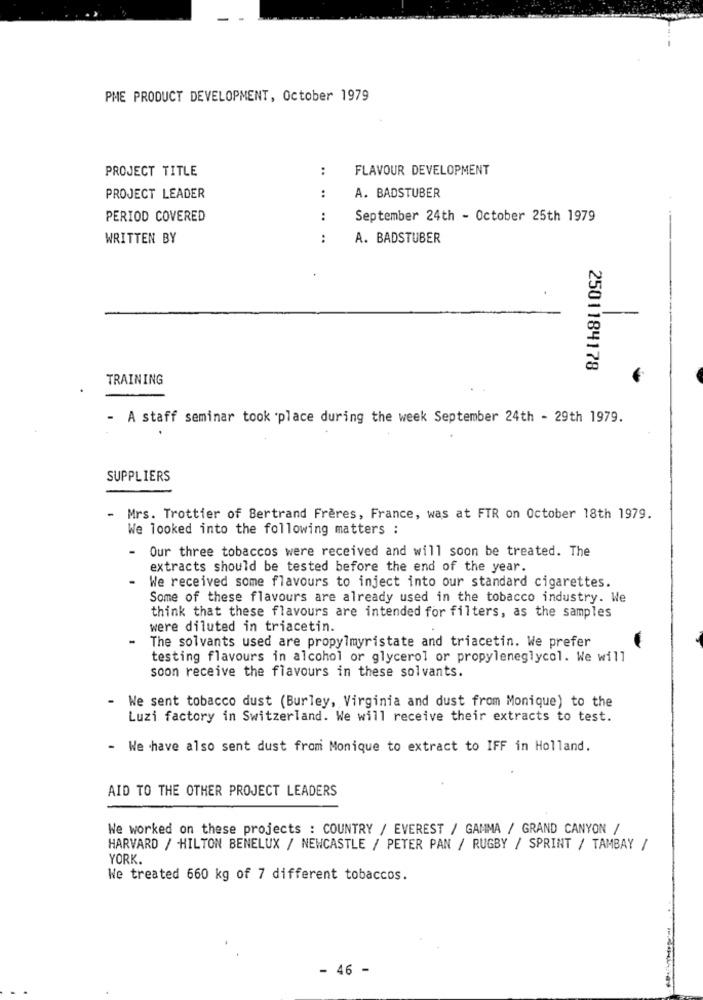
PME PRODUCT DEVELOPMENT, October 1979
PROJECT TITLE
:
FLAVOUR DEVELOPMENT
PROJECT LEADER
:
A. BADSTUBER
PERIOD COVERED
:
September 24th - October 25th 1979
WRITTEN BY
:
A. BADSTUBER
2501184178
TRAINING
- A staff seminar took place during the week September 24th - 29th 1979.
SUPPLIERS
-
Mrs. Trottier of Bertrand Freres, France, was at FTR on October 18th 1979.
We looked into the following matters :
-
Our three tobaccos were received and will soon be treated. The
extracts should be tested before the end of the year.
We received some flavours to inject into our standard cigarettes.
Some of these flavours are already used in the tobacco industry. We
think that these flavours are intended for filters, as the samples
were diluted in triacetin.
The solvants used are propylmyristate and triacetin. We prefer
testing flavours in alcohol or glycerol or propyleneglycol. We will
soon receive the flavours in these solvants.
We sent tobacco dust (Burley, Virginia and dust from Monique) to the
Luzi factory in Switzerland. We will receive their extracts to test.
- We have also sent dust from Monique to extract to IFF in Holland.
AID TO THE OTHER PROJECT LEADERS
We worked on these projects : COUNTRY / EVEREST / GAMMA / GRAND CANYON /
HARVARD / HILTON BENELUX / NEWCASTLE / PETER PAN / RUGBY / SPRINT / TAMBAY /
YORK.
We treated 660 kg of 7 different tobaccos.
- 46 -